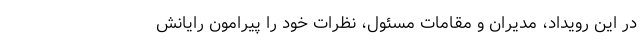
در این رویداد، مدیران و مقامات مسئول، نظرات خود را پیرامون رایانش